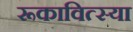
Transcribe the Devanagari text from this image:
रूकावित्स्या